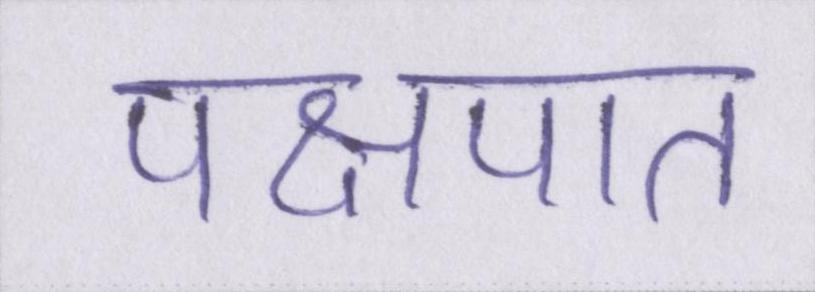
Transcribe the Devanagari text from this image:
पक्षपात